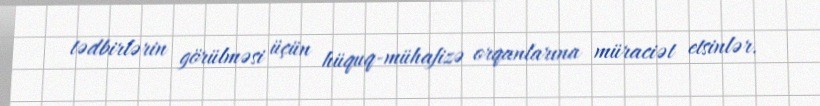
tədbirlərin görülməsi üçün hüquq-mühafizə orqanlarına müraciət etsinlər.